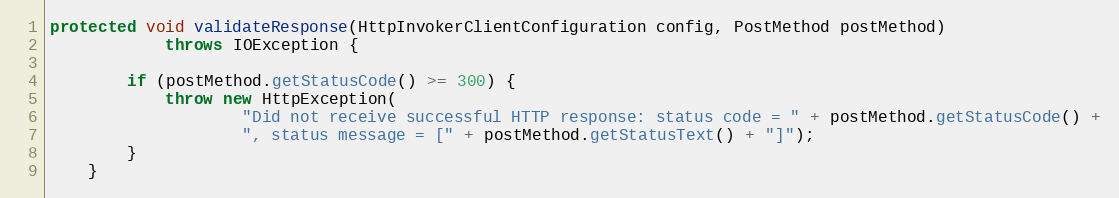
Language: Java
protected void validateResponse(HttpInvokerClientConfiguration config, PostMethod postMethod)
            throws IOException {

        if (postMethod.getStatusCode() >= 300) {
            throw new HttpException(
                    "Did not receive successful HTTP response: status code = " + postMethod.getStatusCode() +
                    ", status message = [" + postMethod.getStatusText() + "]");
        }
    }